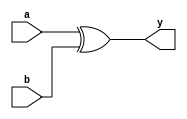
// Code for xor_gate  
module xor_gate(
  input a,
  input b,
  output y
);
  xor(y,a,b);
endmodule